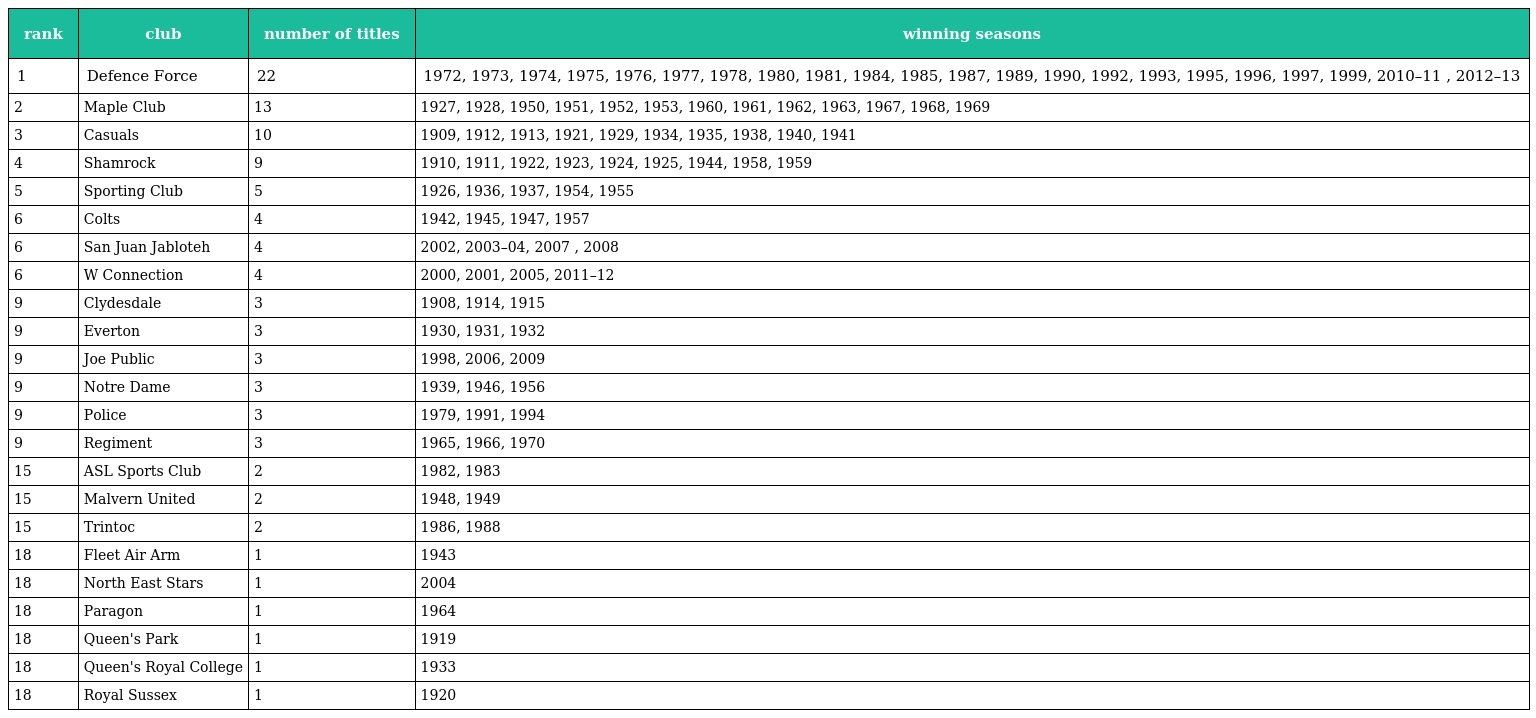
| rank | club | number of titles | winning seasons |
 | --- | --- | --- | --- |
 | 1 | Defence Force | 22 | 1972, 1973, 1974, 1975, 1976, 1977, 1978, 1980, 1981, 1984, 1985, 1987, 1989, 1990, 1992, 1993, 1995, 1996, 1997, 1999, 2010–11 , 2012–13 |
 | 2 | Maple Club | 13 | 1927, 1928, 1950, 1951, 1952, 1953, 1960, 1961, 1962, 1963, 1967, 1968, 1969 |
 | 3 | Casuals | 10 | 1909, 1912, 1913, 1921, 1929, 1934, 1935, 1938, 1940, 1941 |
 | 4 | Shamrock | 9 | 1910, 1911, 1922, 1923, 1924, 1925, 1944, 1958, 1959 |
 | 5 | Sporting Club | 5 | 1926, 1936, 1937, 1954, 1955 |
 | 6 | Colts | 4 | 1942, 1945, 1947, 1957 |
 | 6 | San Juan Jabloteh | 4 | 2002, 2003–04, 2007 , 2008 |
 | 6 | W Connection | 4 | 2000, 2001, 2005, 2011–12 |
 | 9 | Clydesdale | 3 | 1908, 1914, 1915 |
 | 9 | Everton | 3 | 1930, 1931, 1932 |
 | 9 | Joe Public | 3 | 1998, 2006, 2009 |
 | 9 | Notre Dame | 3 | 1939, 1946, 1956 |
 | 9 | Police | 3 | 1979, 1991, 1994 |
 | 9 | Regiment | 3 | 1965, 1966, 1970 |
 | 15 | ASL Sports Club | 2 | 1982, 1983 |
 | 15 | Malvern United | 2 | 1948, 1949 |
 | 15 | Trintoc | 2 | 1986, 1988 |
 | 18 | Fleet Air Arm | 1 | 1943 |
 | 18 | North East Stars | 1 | 2004 |
 | 18 | Paragon | 1 | 1964 |
 | 18 | Queen's Park | 1 | 1919 |
 | 18 | Queen's Royal College | 1 | 1933 |
 | 18 | Royal Sussex | 1 | 1920 |